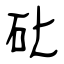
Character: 䂗